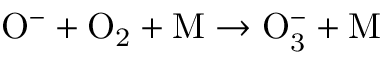
\mathrm { O ^ { - } + O _ { 2 } + M \to O _ { 3 } ^ { - } + M }